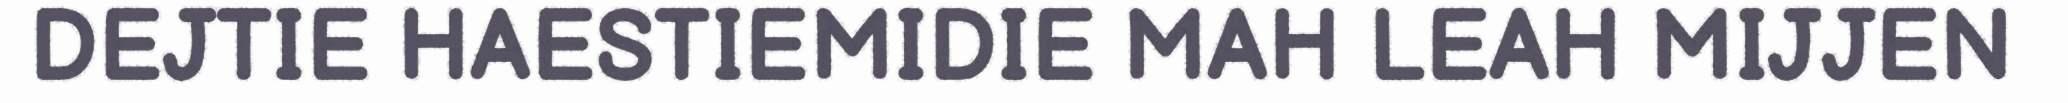
DEJTIE HAESTIEMIDIE MAH LEAH MIJJEN